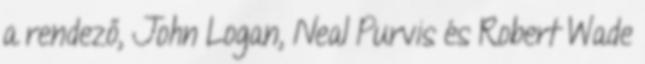
a rendező, John Logan, Neal Purvis és Robert Wade